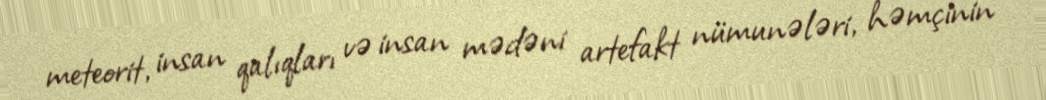
meteorit, insan qalıqları və insan mədəni artefakt nümunələri, həmçinin